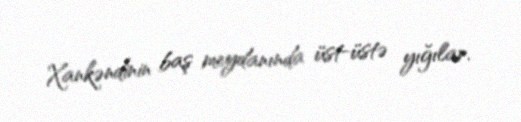
Xankəndinin baş meydanında üst-üstə yığılar.